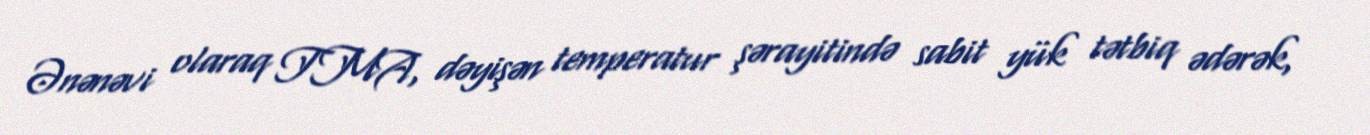
Ənənəvi olaraq TMA, dəyişən temperatur şərayitində sabit yük tətbiq ədərək,